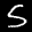
Label: 5